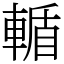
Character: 輴